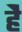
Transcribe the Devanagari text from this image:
हेेै